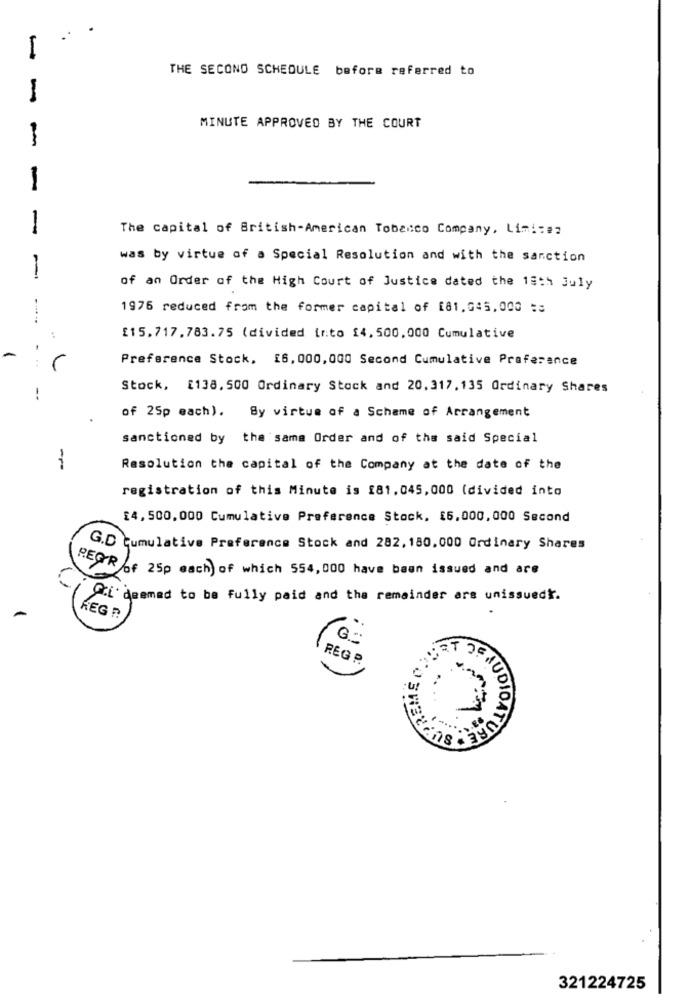
I
THE SECOND SCHEDULE before referred to
-
MINUTE APPROVED BY THE COURT
1
1
The capital of British-American Tobacco Company, Limi:#2
was by virtue of a Special Resolution and with the sanction
-
of an Order of the High Court of Justice dated the 18th July
1976 reduced from the former capital of [81.045,000 ==
£15.717.783.75 (divided into 14,500,000 Cumulative
-
Preference Stock, 16, 000, 000 Second Cumulative Preference
--
Stock, [138. 500 Ordinary Stock and 20.317.135 Ordinary Shares
!
of 25p each). By virtue of a Scheme of Arrangement
sanctioned by the same Order and of the said Special
1
Resolution the capital of the Company at the date of the
registration of this Minute is 181.045,000 (divided into
£4,500,000 Cumulative Preference Stock, [6,000,000 Second
G.D Cumulative Preference Stock and 282,180, 000 Ordinary Shares
REGR of 25p each) of which 554,000 have been issued and are
Ci deemed to be Fully paid and the remainder are unissuedr.
REG .
REG P
u!
DATURE
321224725